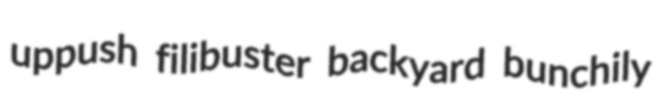
uppush filibuster backyard bunchily